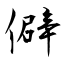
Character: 僻